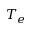
T _ { e }